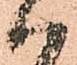
ハ